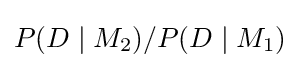
P(D\mid M_{2})/P(D\mid M_{1})